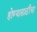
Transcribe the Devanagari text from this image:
होण्यासाठीचा